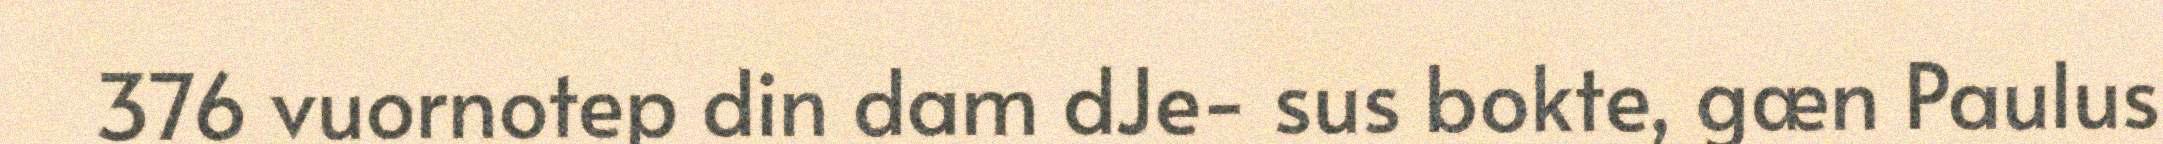
376 vuornotep din dam dJe- sus bokte, gæn Paulus